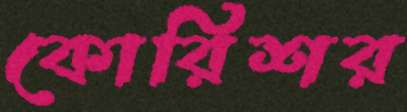
কোরিশর